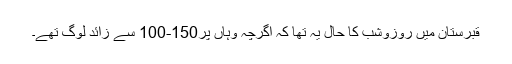
قبرستان میں روزوشب کا حال یہ تھا کہ اگرچہ وہاں پر150-100 سے زائد لوگ تھے۔